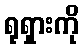
ရုရှားကို